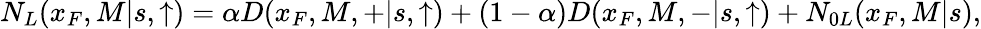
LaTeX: N_{L}(x_{F},M|s,\uparrow)=\alpha D(x_{F},M,+|s,\uparrow)+(1-\alpha)D(x_{F},M,-|s,\uparrow)+N_{0L}(x_{F},M|s),